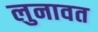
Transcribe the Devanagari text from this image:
लुनावत